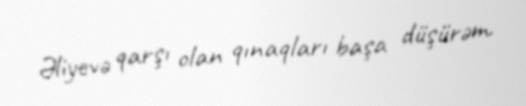
Əliyevə qarşı olan qınaqları başa düşürəm.